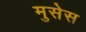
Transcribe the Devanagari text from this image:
मुसेस